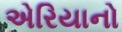
એરિયાનો